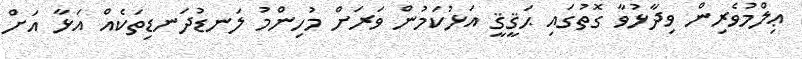
ޢިލްމުވެރިން ވިދާޅުވާ ގޮތުގައި ޙަޤީޤީ އަޅުކަމުން ވަރަށް މުހިންމު ލަނޑުދަނޑިތަކެއް އަޅާ އަށް